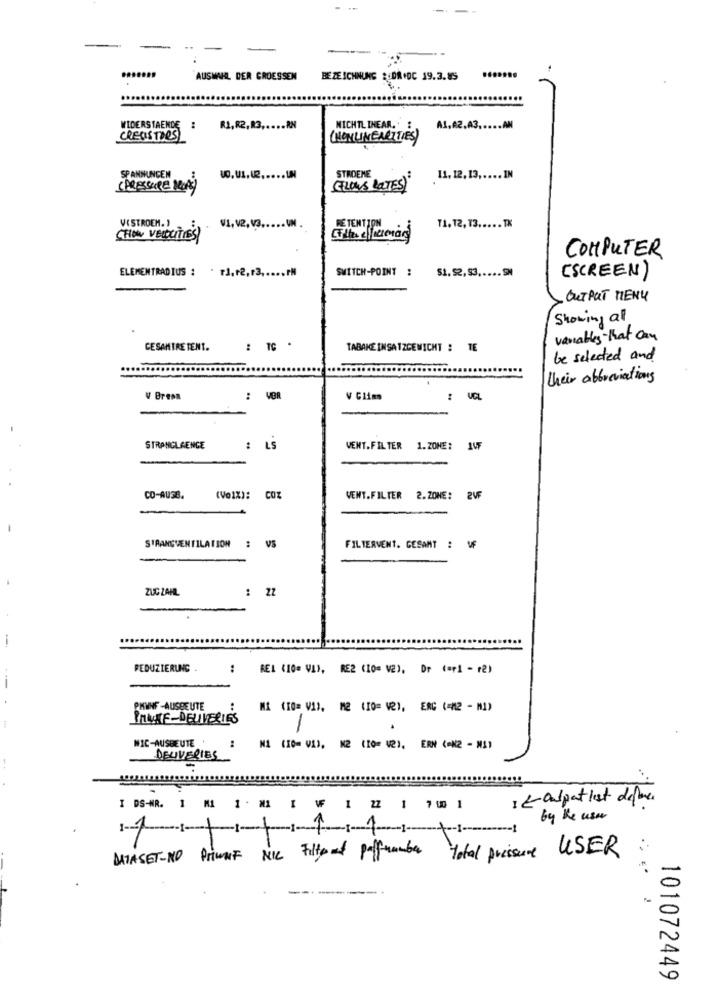
AUSWAHL DER GROESSEN
BEZEICHNUNG : DR .DC 19.3.85
WIDERSTAENDE
R1,82,83 ,.... R.N
NICHTL THEAR.
A1,A2,A3,
.. AN
CREOISTORS
(NONLINEARITIES)
SPANNUNGEN
STADENE
11.12,13 ..... IN
(PRESSURE DROPg)
(FLOWS LOTES)"
VI, V2.V3.
11.12, 13 ..... TK
VOSTROEM. )
RETENTION
(HOW VELOCITIES
COMPUTER
ELEMENTRADIUS : . rJ.r2,r3 ..... PM
SWITCH-POINT :
$1. 52, 93 ..... SN
(SCREEN)
OUTPUT MENU
Showing al
variables that can
GESAMTRE TENT.
: TC .
TABAKEINSATZCEWICHT : TE
be selected and
their abbreviations
V Brena
: VOR
..
V Glime
: VCL
STRANGLAENGE
: LS
WENT.FILTER 1.ZONE: IVF
CO-AUSB.
(VOIX): COZ
VENT.FILTER 2.ZONE: 2VF
STRANGVENTILATION # VS
FILTERVENT. GESAMT : MF
ZUC ZAHL
: 27
-
REDUZIERUNG
:
REL (10= VI), RE2 (10= V2), Dr (ar1 - r2)
--
PHINF -AUSBEUTE
MA (10= V1). M2 (IO= V2), ERC (=42 - M1)
PANIE-DELIVERIES
NIC-AUSBEUTE
NA (10= VA). M2 (IO= V2), ERN (=N2 - M1)
DELIVERIES
1 talpart lest defare
I DS-NR. 1 N 1 M | V| 22 1 7 " ]
by the use
DATASET-NO PrimaF NIC Filtered parfummber total presure USER
101072449